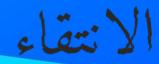
الانتقاء